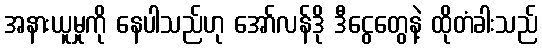
အနားယူမှုကို နေပါသည်ဟု အော်လန်ဒို ဒီငွေတွေနဲ့ ထိုတံခါးသည်